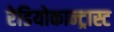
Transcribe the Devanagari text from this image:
रेडियोकान्ट्रास्ट